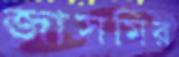
জাসমির